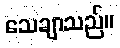
သေချာသည်။